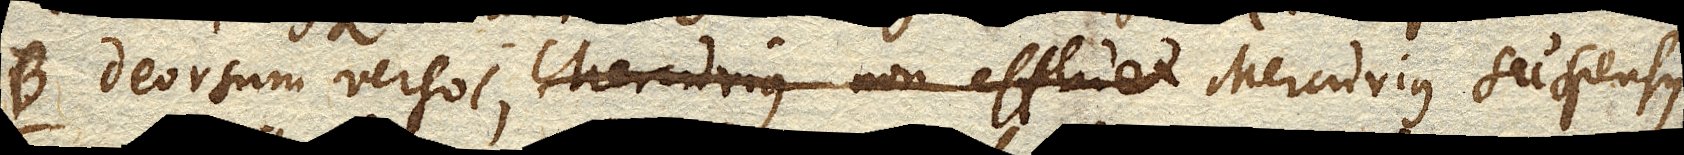
B. deorsum verso C. Mercurius non effluet Mercurius suspensus